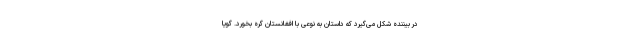
در بیننده شکل می‌گیرد که داستان به نوعی با افغانستان گره بخورد. گویا